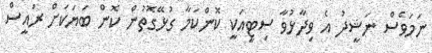
ނަމަވެސް ނަޝީދު އެ ވިދާޅުވާ ސިޓީއަކީ ކޮންކަމާ ގުޅޭގޮތުން ކޮން ބަޔަކަށް ރައީސް